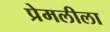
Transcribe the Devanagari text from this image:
प्रेमलीला